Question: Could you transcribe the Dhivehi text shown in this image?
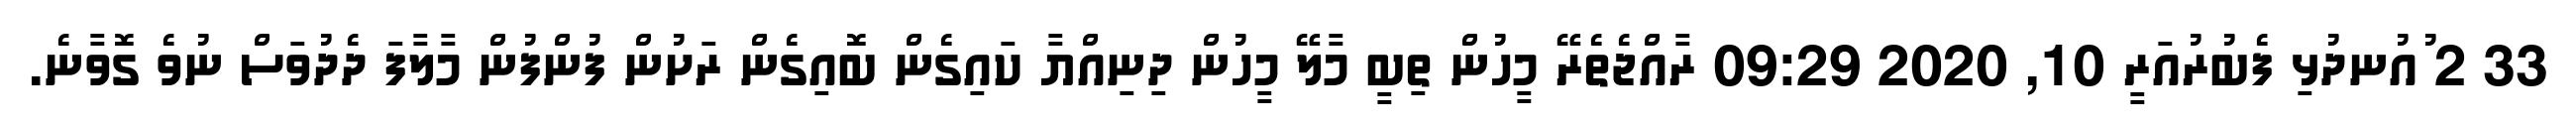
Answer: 33 2 ުއުނދުޅި ފެބުރުއަރީ 10, 2020 09:29 ރާއްޖެތެރޭ މީހުން ތިބީ މާލޭ މީހުން ދިނިއްޔާ ކައިގެން ބޮއިގެން ރަށުން ފުންފުން މާލާފަ ދެދުވަސް ނުވެ ގޮވާނެ.